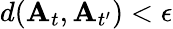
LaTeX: d(\mathbf{A}_{t},\mathbf{A}_{t^{\prime}})<\epsilon